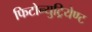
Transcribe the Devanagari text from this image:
फिटोन्युट्रियेण्ट